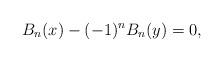
LaTeX: \begin{align*}B_n (x) - (-1)^n B_n (y)=0,\end{align*}